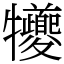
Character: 犪